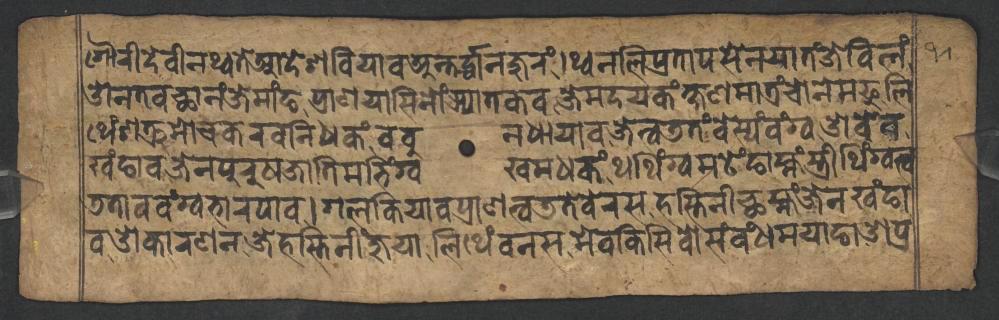
𑐐𑑁𑐬𑐷𑐡𑐾𑐰𑐷𑐣𑐠𑑂𑐰𑐟𑐾𑐁𑐡𑐾𑐱𑐧𑐶𑐫𑐵𑐰𑐀𑐣𑑂𑐟𑐬𑑂𑐡𑑂𑐢𑐵𑐣𑐖𑐸𑐬𑑄𑑋𑐠𑑂𑐰𑐣𑐮𑐶𑐥𑑂𑐬𑐟𑐵𑐥𑐳𑐾𑐣𑐫𑐵𑐟𑑄𑐖𑐾𑐧𑐶𑐮𑑄 𑐌𑐣𑐟𑐰𑐕𑐵𑐣𑑄𑐖𑐾𑐩𑐵𑑄𑐒𑐥𑑂𑐬𑐵𑐞𑐫𑐵𑐳𑐶𑐣𑑀𑑄𑐗𑑂𑐫𑐵𑐟𑐎𑐰𑐖𑐾𑐩𑐡𑐫𑐎𑑄𑐎𑑂𑐲𑐞𑐩𑐵𑐟𑑂𑐬𑑄𑐔𑑀𑐣𑐾𑐩𑐦𑐸𑐮𑐶 𑐠𑐾𑑄𑐱𑐟𑑂𑐬𑐸𑐩𑑀𑐔𑐎𑐬𑐰𑐣𑐶𑐢𑐎𑑄𑐧𑐧𑐸𑐣𑐢𑐵𑐫𑐵𑐰𑐖𑐾𑐟𑑂𑐰𑐜𑐟𑑄𑐧𑐾𑐳𑑂𑐫𑑄𑐰𑑄𑐐𑑂𑐰𑐌𑐧𑐾𑐰 𑐏𑑄𑐒𑐵𑐰𑐖𑐾𑐣𑐥𑐸𑐬𑐸𑐲𑐖𑐵𑐟𑐶𑐩𑐨𑐶𑑄𑐐𑑂𑐰𑐏𑐩𑐢𑐎𑑄𑐠𑐠𑐶𑑄𑐐𑑂𑐰𑐩𑐚𑐾𑑄𑐒𑐵𑐩𑑂𑐴𑑄𑐳𑑂𑐟𑑂𑐬𑐷𑐠𑐶𑑄𑐐𑑂𑐰𑐟𑑂𑐰 𑐜𑐟𑐵𑐰𑐰𑑄𑐐𑑂𑐰𑐨𑐵𑐬𑐥𑐵𑐰𑑋𑐐𑐮𑐎𑐶𑐫𑐵𑐰𑐥𑑂𑐬𑐵𑐞𑐟𑑂𑐰𑐜𑐟𑐾𑐧𑐾𑐬𑐳𑐴𑐳𑑂𑐟𑐶𑐣𑐷𑐕𑐩𑑂𑐴𑑄𑐖𑐾𑐣𑐏𑑄𑐒𑐵 𑐰𑐌𑐎𑐵𑐬𑐞𑐣𑐖𑐾𑐴𑐳𑑂𑐟𑐶𑐣𑐷𑑄𑐖𑐸𑐫𑐵𑐮𑐶𑐠𑐾𑑄𑐰𑐣𑐳𑐩𑐾𑐰𑐎𑐶𑐳𑐶𑐰𑑀𑐳𑑄𑐧𑑄𑐢𑐩𑐫𑐵𑐒𑐵𑐌𑐥𑑂𑐬